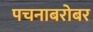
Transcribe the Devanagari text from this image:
पचनाबरोबर